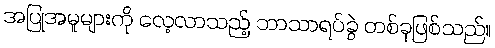
အပြုအမူများကို လေ့လာသည့် ဘာသာရပ်ခွဲ တစ်ခုဖြစ်သည်။